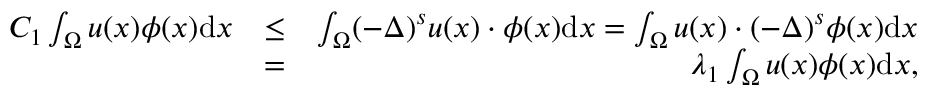
\begin{array} { r l r } { C _ { 1 } \int _ { \Omega } u ( x ) \phi ( x ) \mathrm { d } x } & { \leq } & { \int _ { \Omega } ( - \Delta ) ^ { s } u ( x ) \cdot \phi ( x ) \mathrm { d } x = \int _ { \Omega } u ( x ) \cdot ( - \Delta ) ^ { s } \phi ( x ) \mathrm { d } x } \\ & { = } & { \lambda _ { 1 } \int _ { \Omega } u ( x ) \phi ( x ) \mathrm { d } x , } \end{array}